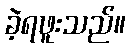
ခဲ့ရဖူးသည်။